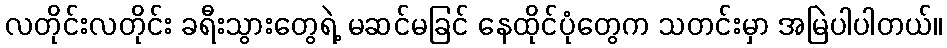
လတိုင်းလတိုင်း ခရီးသွားတွေရဲ့ မဆင်မခြင် နေထိုင်ပုံတွေက သတင်းမှာ အမြဲပါပါတယ်။